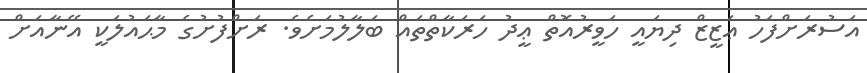
އަސުރަށްފަހު ޢަޒީޒް ދިޔައީ ހަވީރުއޮތް ޢީދު ހަރަކާތްތައް ބަލާލުމަށެވެ. ރަށްފުށުގެ މާޙައުލަކީ އޭނާއަށް